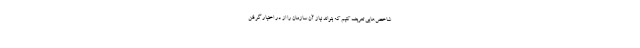
شاخص‌هایی تعریف کنیم که بتواند نیاز آن سازمان را از در اختیار گرفتن